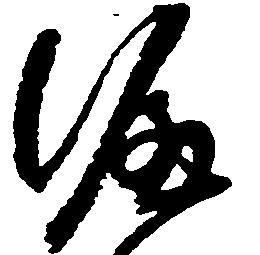
涯